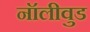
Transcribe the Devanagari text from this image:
नॉलीवुड